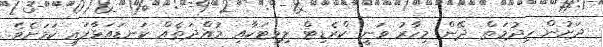
ދަށުން ހިދުމަތް ދޭން މިހާރު ވަނީ ކްރެޑިޓް ލިމިޓަކާއި މުއްދަތެއް ކަނޑައަޅާފައި ކަމަށެވެ.